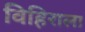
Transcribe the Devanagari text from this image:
विहिराला